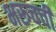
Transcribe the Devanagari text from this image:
भरूचची